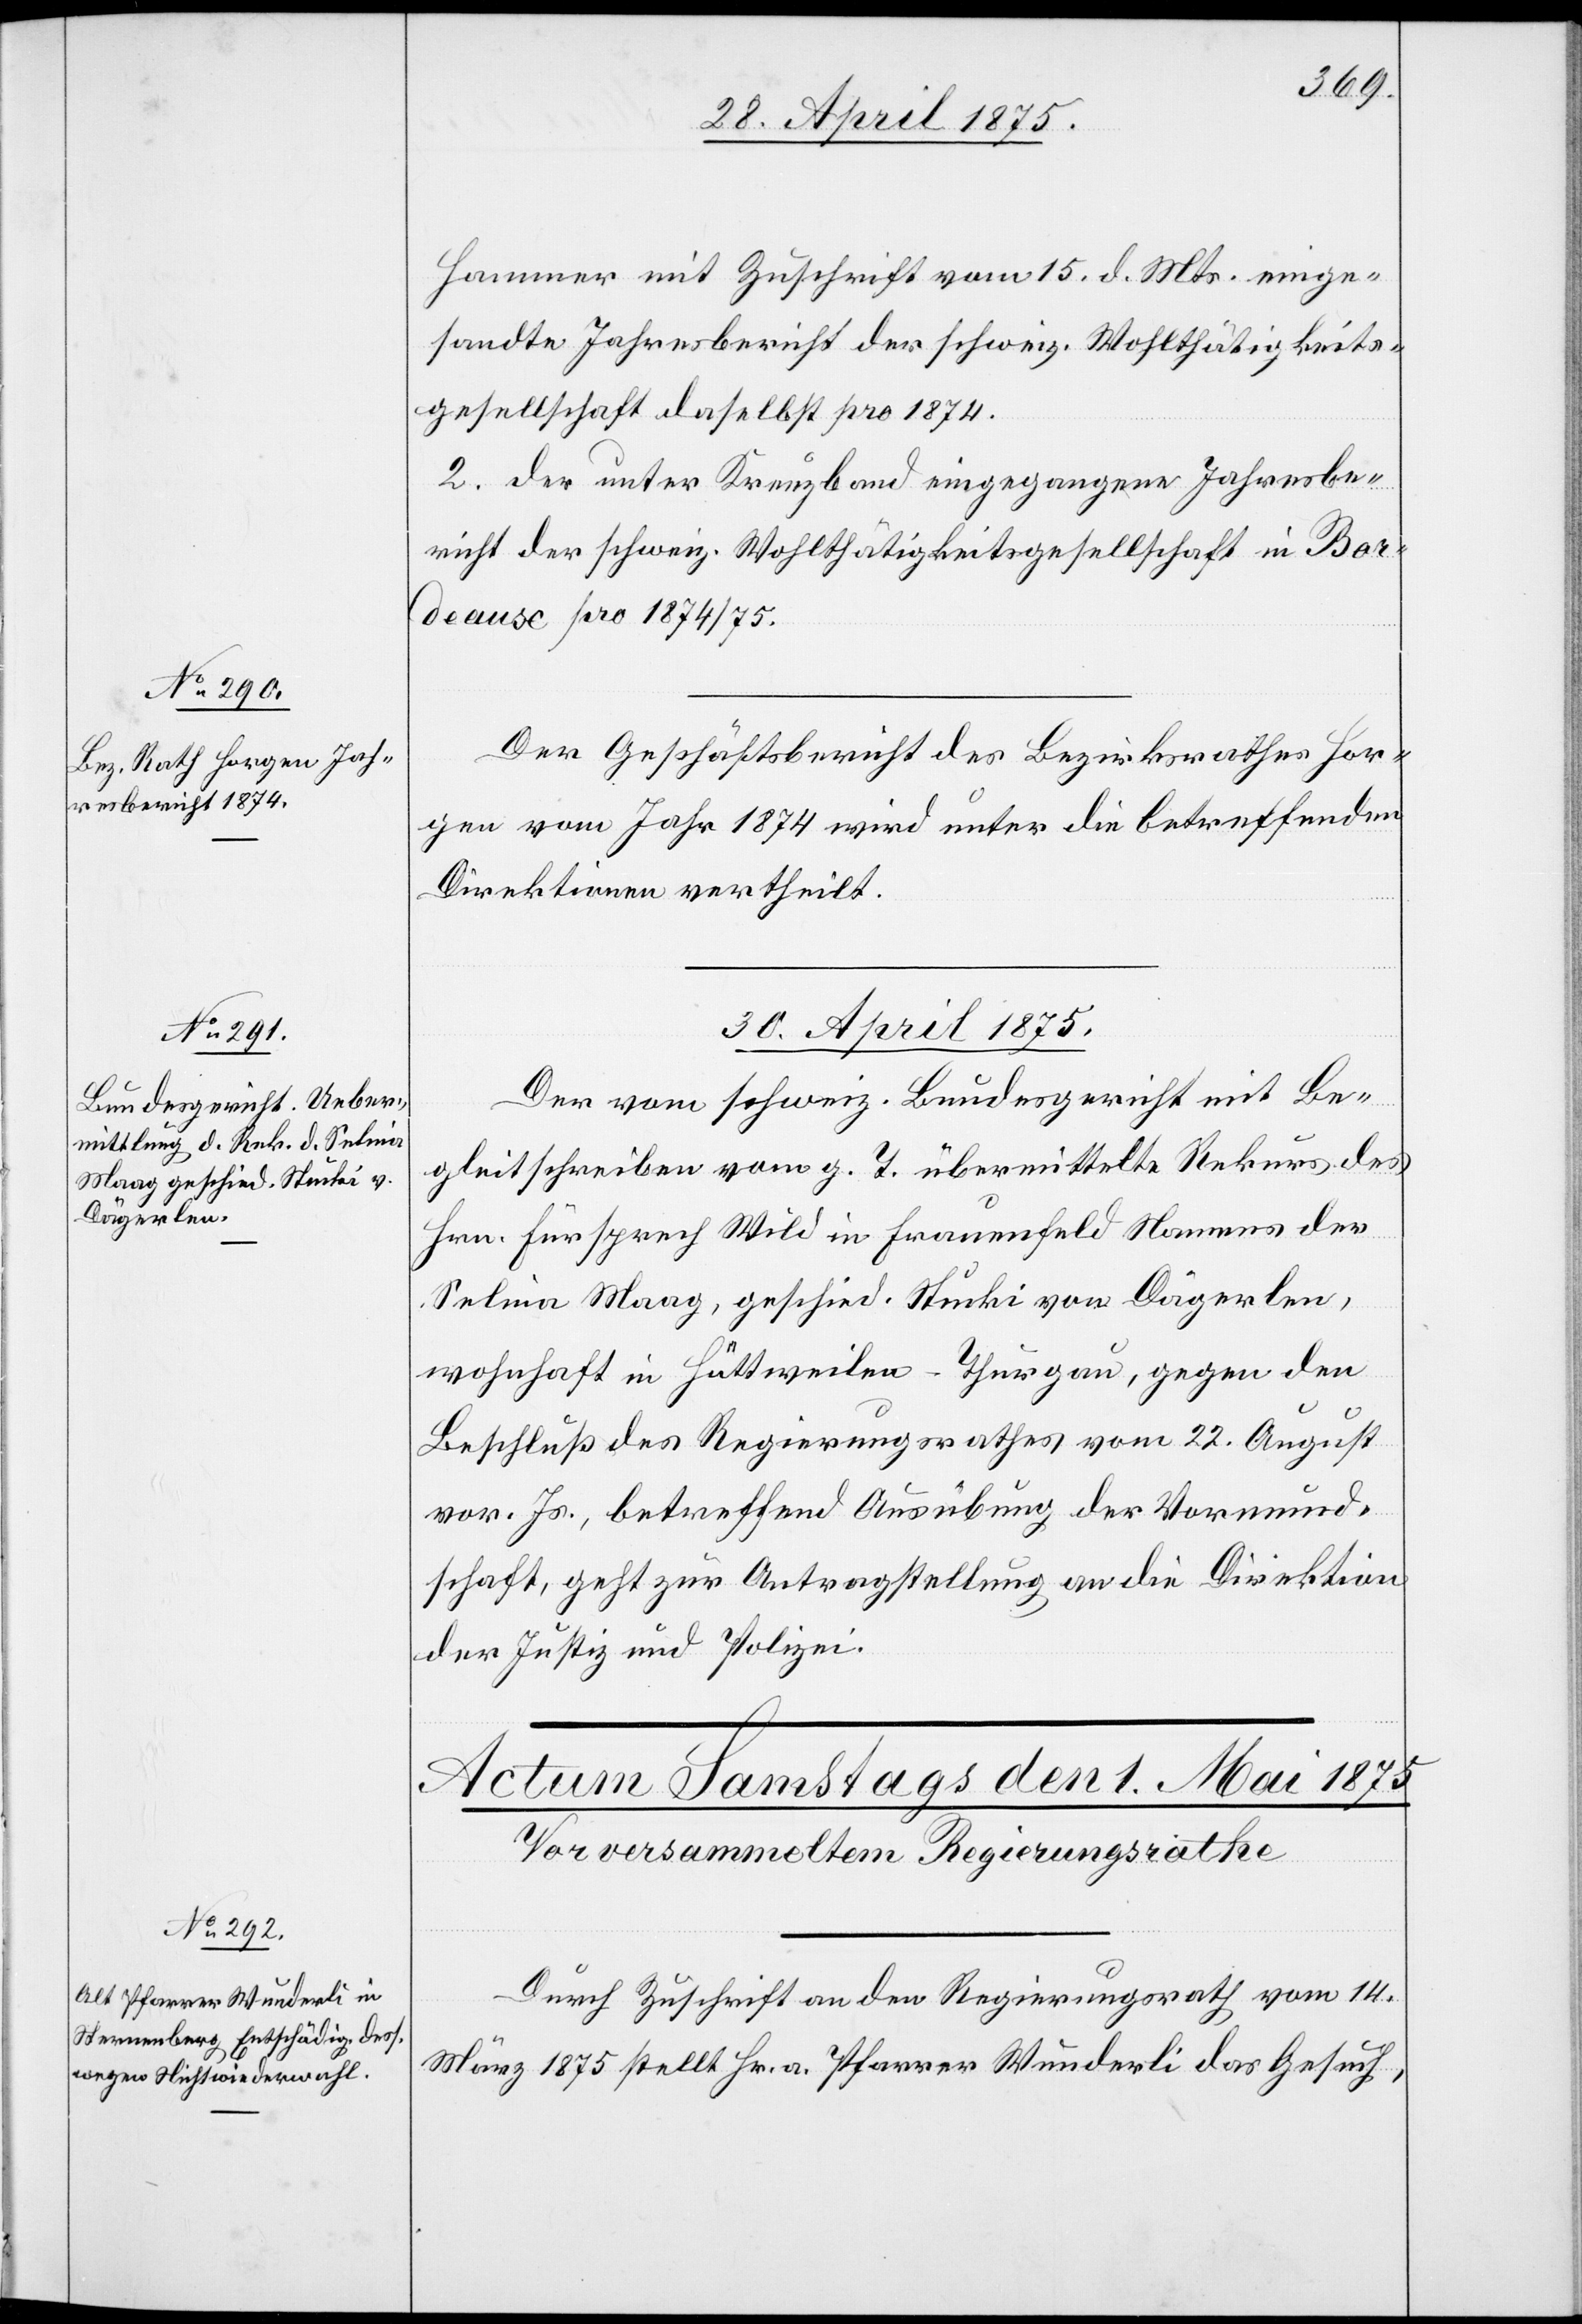
29. April 1875.]
Hammer mit Zuschrift vom 15. d. Mts. einge¬
sandte Jahresbericht der schweiz. Wohltätigkeits¬
gesellschaft daselbst pro 1874.
2. der unter Kreuzband eingegangene Jahresbe¬
richt der schweiz. Wohltätigkeitsgesellschaft in Bor¬
deaux pro 1874/75.
Der Geschäftsbericht des Bezirksrathes Hor¬
gen vom Jahr 1874 wird unter die betreffenden
Direktionen vertheilt.
30. April 1875.
Der vom schweiz. Bundesgericht mit Be¬
gleitschreiben vom g. T. übermittelte Rekurs des
Hrn. Fürsprech Wild in Frauenfeld Namens der
Selmia Maag, geschied. Stucki von Dägerlen,
wohnhaft in Hüttikon - Thurgau, gegen den
Beschluß des Regierungsrathes vom 22. August
vor. Js., betreffend Ausübung der Vormund¬
schaft, geht zur Antragstellung an die Direktion
der Justiz und Polizei.
Durch Zuschrift an den Regierungsrath, vom 14.
März 1875 stellt Hr. a. Pfarrer Wunderli das Gesuch,